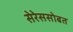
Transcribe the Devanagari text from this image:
सेरेससोबत